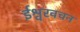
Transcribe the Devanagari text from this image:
ईश्वरवचन